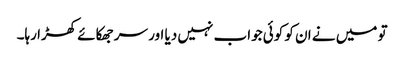
تو میں نے ان کو کوئی جواب نہیں دیا اور سر جھکائے کھڑا رہا۔